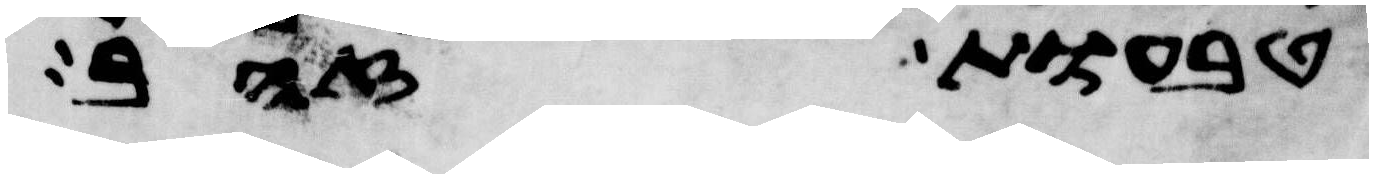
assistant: טבעות זהב